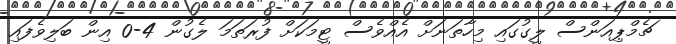
ޗެމްޕިއަންސް ލީގުގައި މިހާތަނަށް އެއްވެސް ޓީމަކަށް ފުރަތަމަ ލެގުން 4-0 އިން ބަލިވެފައި